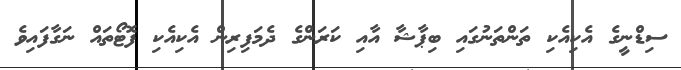
ސިޑްނީގެ އެކިއެކި ތަންތަނުގައި ބިޕާާޝާ އާއި ކަރަންގެ ދެމަފިރިން އެކިއެކި ފޮޓޯތައް ނަގާފައިވެ